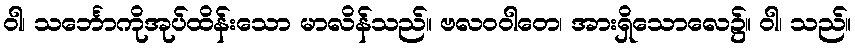
ဝါ၊ သင်္ဘောကိုအုပ်ထိန်းသော မာလိန်သည်။ ဗလဝဝါတေ၊ အားရှိသောလေ၌။ ဝါ၊ သည်။